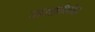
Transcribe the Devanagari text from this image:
साक्षीनेच